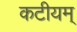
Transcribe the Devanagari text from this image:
कटीयम्‌